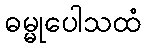
ဓမ္မုပေါသထံ